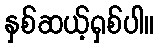
နှစ်ဆယ့်ရှစ်ပါ။